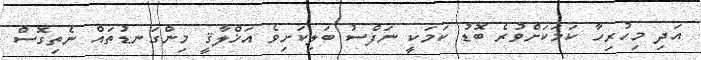
އަދި މިހުރިހާ ކަމަކަށްވުރެ ބޮޑު ކަމަކީ ނަފްސު ބަލިކަށިވެ އަޚްލާޤީ މިންގަނޑުތައް ނެތިގޮސް